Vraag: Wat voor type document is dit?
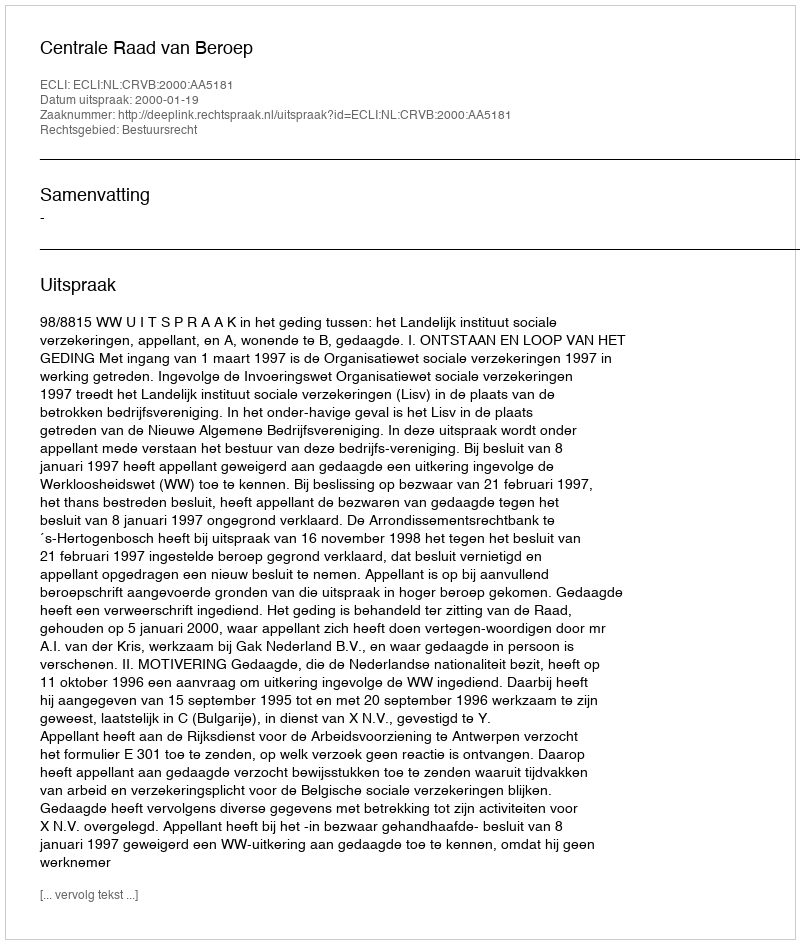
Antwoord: Uitspraak